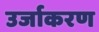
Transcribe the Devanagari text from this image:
उर्जाकरण